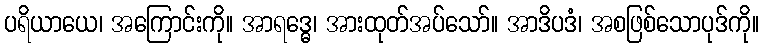
ပရိယာယေ၊ အကြောင်းကို။ အာရဒ္ဓေ၊ အားထုတ်အပ်သော်။ အာဒိပဒံ၊ အစဖြစ်သောပုဒ်ကို။